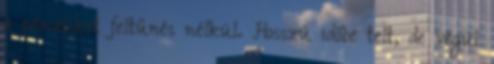
a pénzüket feltűnés nélkül. Hosszú időbe telt, de végül